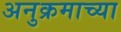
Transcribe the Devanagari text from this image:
अनुक्रमाच्या